Scottish Leaving Certificate Examination, 1952
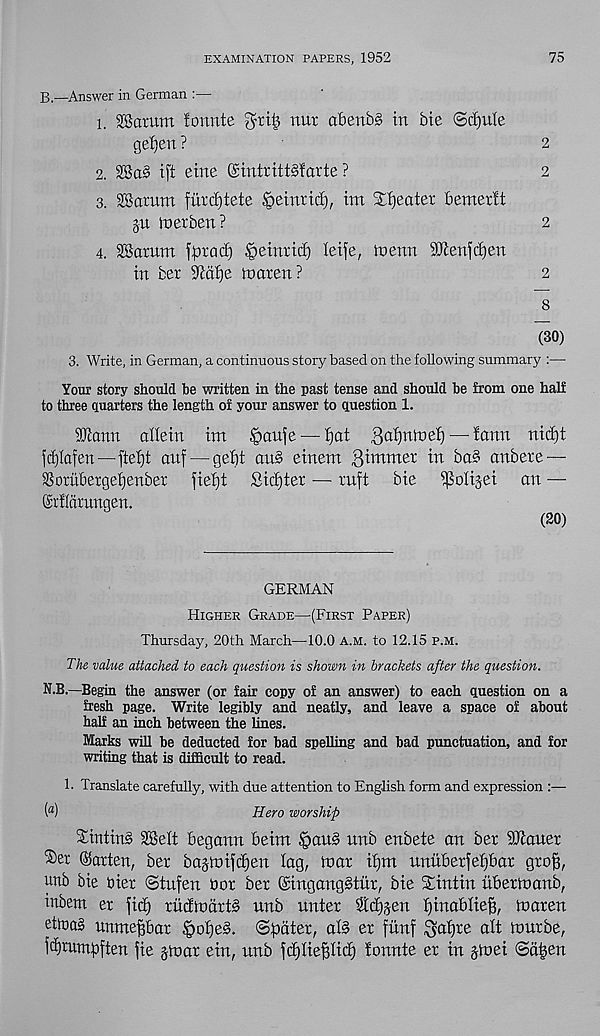
EXAMINATION PAPERS, 1952
75
B—Answer in German :—
1. ‘©arum fonnte ^riij uur abenbs in bte <Sd)uIe
gel)en ?
2
2. ©a§ ift eine GsintrittSfarte ?
2
3. ©arum fiirc£)tete ,‘geinrtd), tm Sweater bemerlt
ju merben?
2
4. ©arum fprai^ §etrtrid) leife, menu SKeufdjen
in ber S^dbje mareu?
2
8
(30)
3. Write, in German, a continuous story based on the following summary :—
Your story should be written in the past tense and should be from one half
to three quartos the length of your answer to question 1.
©arm alletn im §au|e — f)at 3af)nmd) — faun nid)t
fdjlafen—ftet)t auf — gebt arts einem 3iiTimer tu ba§ anbere —
SSorubergebeuber fieb)t Sicbter — ruft
bte
an —
©rflcirungen.
(20)
GERMAN
Higher Grade—(First Paper)
Thursday, 20th March—10.0 a.m. to 12.15 p.m.
The value attached to each question is shown in brackets after the question.
N.B.—Begin the answer (or fair copy of an answer) to each question on a
fresh page. Write legibly and neatly, and leave a space of about
half an inch between the lines.
Marks will be deducted for bad spelling and bad punctuation, and for
writing that is difficult to read.
1. Translate carefully, with due attention to English form and expression :—
( fl )
Hero worship
$mtin§ ©elt begann beim §aub unb eubete an ber ©auer
'Set Marten, ber bajmifdjen lag, mar iljm unitberfeljbar groft,
unb bte bier ©tufen bor ber ©ingaugbtur, bte SEintin ubermanb,
inbem er fid) rudmdrtb unb unter Sid^ert f)tuablie|, maren
etiba§ unme^bar §o’f)eb. ©fidter, aid er fitnf 3 a I) re olt murbe,
idjrumbften fie gmar ein, unb fd)Iief3lid) lonnte er in gmei ©d^en